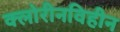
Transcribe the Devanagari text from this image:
क्लोरीनविहीन